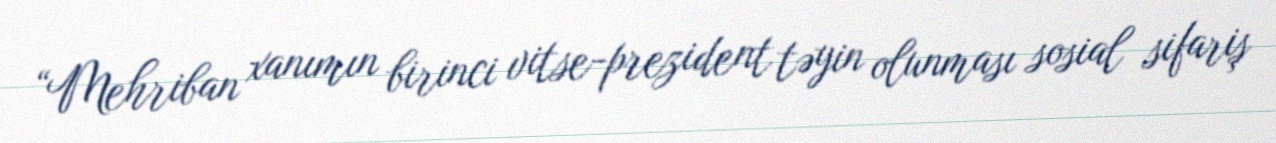
“Mehriban xanımın birinci vitse-prezident təyin olunması sosial sifariş